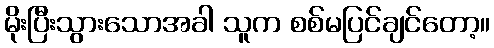
မိုးပြီးသွားသောအခါ သူက စစ်မပြင်ချင်တော့။